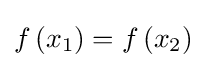
f\left(x_{1}\right)=f\left(x_{2}\right)